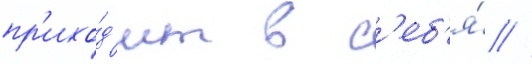
пр'ихо́д'ит в с'еб'я́ //